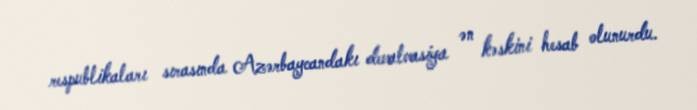
respublikaları sırasında Azərbaycandakı devalvasiya ən kəskini hesab olunurdu.